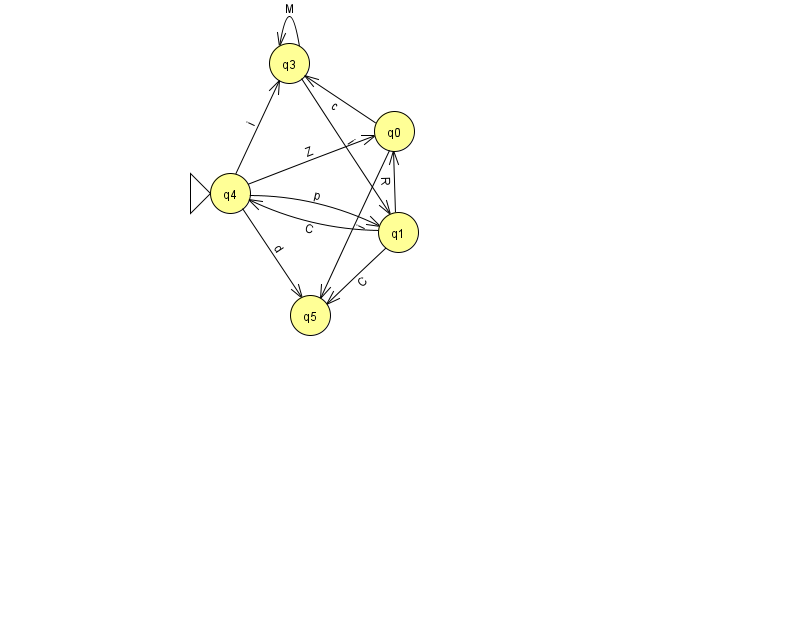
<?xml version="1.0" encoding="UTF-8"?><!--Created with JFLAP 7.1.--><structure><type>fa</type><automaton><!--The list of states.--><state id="0" name="q0"><x>394.0</x><y>118.0</y></state><state id="1" name="q1"><x>398.0</x><y>219.0</y></state><state id="3" name="q3"><x>289.0</x><y>50.0</y></state><state id="4" name="q4"><x>230.0</x><y>180.0</y><initial/></state><state id="5" name="q5"><x>310.0</x><y>302.0</y></state><!--The list of transitions.--><transition><from>0</from><to>3</to><read>c</read></transition><transition><from>4</from><to>0</to><read>Z</read></transition><transition><from>4</from><to>3</to><read>i</read></transition><transition><from>4</from><to>5</to><read>d</read></transition><transition><from>1</from><to>5</to><read>C</read></transition><transition><from>3</from><to>1</to><read>i</read></transition><transition><from>4</from><to>1</to><read>p</read></transition><transition><from>1</from><to>4</to><read>C</read></transition><transition><from>0</from><to>5</to><read>i</read></transition><transition><from>1</from><to>0</to><read>R</read></transition><transition><from>3</from><to>3</to><read>M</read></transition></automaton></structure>